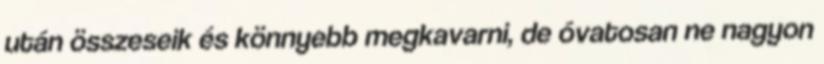
után összeseik és könnyebb megkavarni, de óvatosan ne nagyon